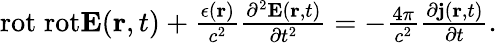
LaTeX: \begin{array}{r}{\textrm{rot}\; \textrm{rot}{\mathbf E}(\textbf{r},t)+\frac{\epsilon({\textbf{r}})}{c^{2}}\frac{\partial^{2}{\mathbf E}(\textbf{r},t)}{\partial t^{2}}=-\frac{4\pi}{c^{2}}\frac{\partial{\mathbf j}(\textbf{r},t)}{\partial t}.}\end{array}